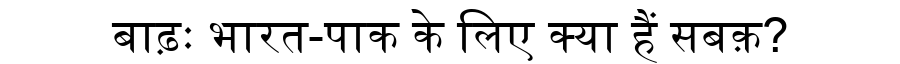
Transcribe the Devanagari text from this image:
बाढ़ः भारत-पाक के लिए क्या हैं सबक़?